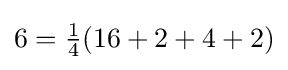
6={\tfrac {1}{4}}(16+2+4+2)